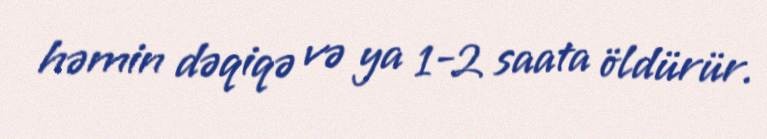
həmin dəqiqə və ya 1-2 saata öldürür.